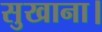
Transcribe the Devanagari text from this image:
सुखाना।